Indian journal of veterinary science and animal husbandry - Volume 5,
Year: 1935
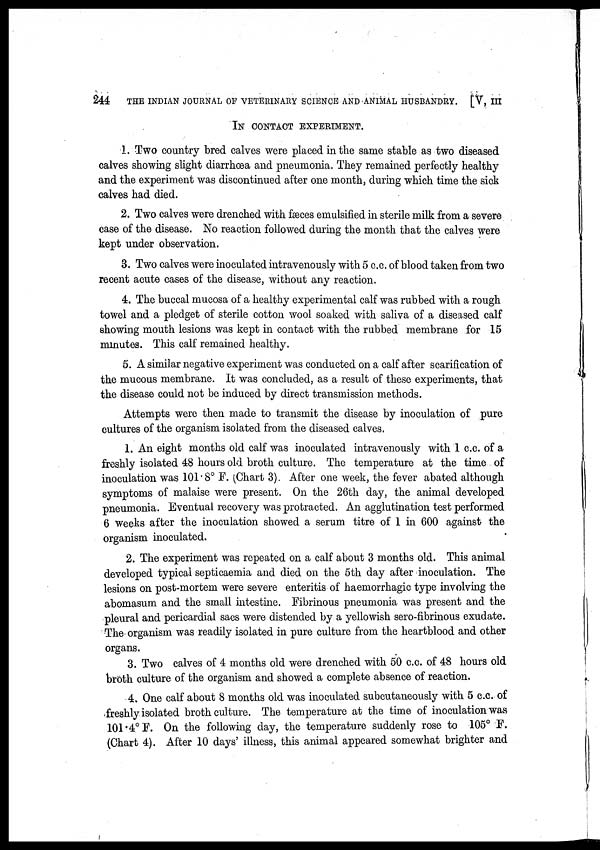
244
THE INDIAN JOURNAL OF VETERINARY SCIENCE AND ANIMAL HUSBANDRY. [V, III
IN CONTACT EXPERIMENT.
1. Two country bred calves were placed in the same stable as two diseased
calves showing slight diarrhœa and pneumonia. They remained perfectly healthy
and the experiment was discontinued after one month, during which time the sick
calves had died.
2. Two calves were drenched with fæces emulsified in sterile milk from a severe
case of the disease. No reaction followed during the month that the calves were
kept under observation.
3. Two calves were inoculated intravenously with 5 c.c. of blood taken from two
recent acute cases of the disease, without any reaction.
4. The buccal mucosa of a healthy experimental calf was rubbed with a rough
towel and a pledget of sterile cotton wool soaked with saliva of a diseased calf
showing mouth lesions was kept in contact with the rubbed membrane for 15
minutes. This calf remained healthy.
5. A similar negative experiment was conducted on a calf after scarification of
the mucous membrane. It was concluded, as a result of these experiments, that
the disease could not be induced by direct transmission methods.
Attempts were then made to transmit the disease by inoculation of pure
cultures of the organism isolated from the diseased calves.
1. An eight months old calf was inoculated intravenously with 1 c.c. of a
freshly isolated 48 hours old broth culture. The temperature at the time of
inoculation was 101. 8° F. (Chart 3). After one week, the fever abated although
symptoms of malaise were present. On the 26th day, the animal developed
pneumonia. Eventual recovery was protracted. An agglutination test performed
6 weeks after the inoculation showed a serum titre of 1 in 600 against the
organism inoculated.
2. The experiment was repeated on a calf about 3 months old. This animal
developed typical septicaemia and died on the 5th day after inoculation. The
lesions on post-mortem were severe enteritis of haemorrhagic type involving the
abomasum and the small intestine. Fibrinous pneumonia was present and the
pleural and pericardial sacs were distended by a yellowish sero-fibrinous exudate.
The organism was readily isolated in pure culture from the heartblood and other
organs.
3. Two calves of 4 months old were drenched with 50 c.c. of 48 hours old
broth culture of the organism and showed a complete absence of reaction.
4. One calf about 8 months old was inoculated subcutaneously with 5 c.c. of
freshly isolated broth culture. The temperature at the time of inoculation was
101. 4° F. On the following day, the temperature suddenly rose to 105° F.
(Chart 4). After 10 days' illness, this animal appeared somewhat brighter and